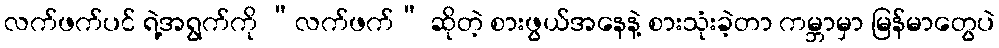
လက်ဖက်ပင် ရဲ့အရွက်ကို “လက်ဖက်” ဆိုတဲ့ စားဖွယ်အနေနဲ့ စားသုံးခဲ့တာ ကမ္ဘာမှာ မြန်မာတွေပဲ